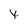
Character: t